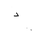
Letter: _dal